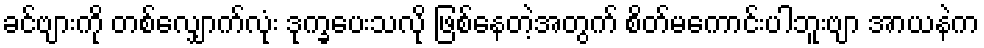
ခင်ဗျားကို တစ်လျှောက်လုံး ဒုက္ခပေးသလို ဖြစ်နေတဲ့အတွက် စိတ်မကောင်းပါဘူးဗျာ အာယနဲက